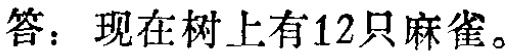
答：现在树上有12只麻雀。